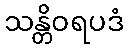
သန္တိဝရပဒံ